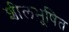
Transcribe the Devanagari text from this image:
शीलभूषित